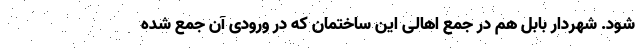
شود. شهردار بابل هم در جمع اهالی این ساختمان که در ورودی آن جمع شده